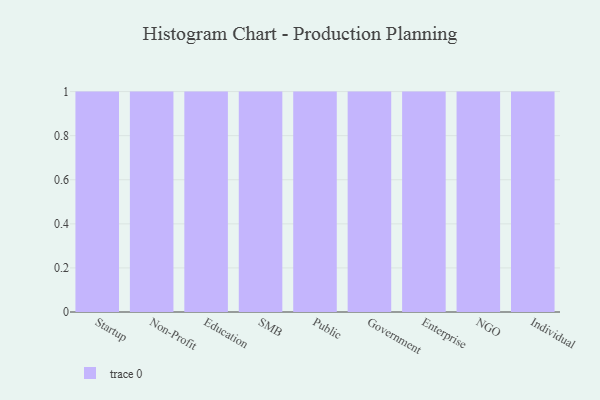
{"axis": {"x": "Segment", "y": "Conversion Rate (%)"}, "legend": [""], "data": [{"x": "Startup", "y": 54, "type": ""}, {"x": "Non-Profit", "y": 44, "type": ""}, {"x": "Education", "y": 45, "type": ""}, {"x": "SMB", "y": 6, "type": ""}, {"x": "Public", "y": 64, "type": ""}, {"x": "Government", "y": 95, "type": ""}, {"x": "Enterprise", "y": 21, "type": ""}, {"x": "NGO", "y": 78, "type": ""}, {"x": "Individual", "y": 96, "type": ""}]}